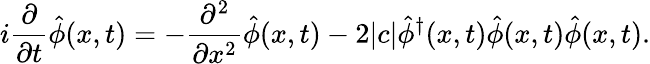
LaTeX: i\frac{\partial}{\partial t}\hat{\phi}(x,t)=-\frac{\partial^{2}}{\partial x^{2}}\hat{\phi}(x,t)-2|c|\hat{\phi}^{\dagger}(x,t)\hat{\phi}(x,t)\hat{\phi}(x,t).